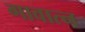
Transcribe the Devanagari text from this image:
गावात्न